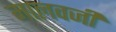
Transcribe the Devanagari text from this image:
मालवजी